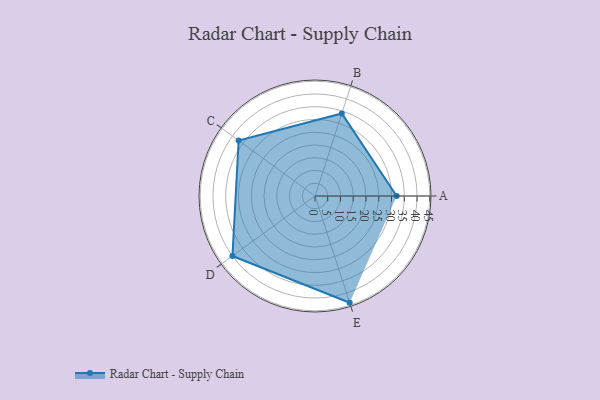
{"axis": {"x": "Skill", "y": "Score"}, "legend": ["Profile"], "data": [{"x": "A", "y": 32.0, "type": "Profile"}, {"x": "B", "y": 34.0, "type": "Profile"}, {"x": "C", "y": 37.0, "type": "Profile"}, {"x": "D", "y": 40.0, "type": "Profile"}, {"x": "E", "y": 44.0, "type": "Profile"}]}